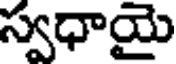
స్వధాయై